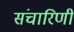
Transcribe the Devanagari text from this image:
संचारिणी